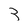
Character: 3